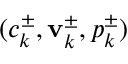
( c _ { k } ^ { \pm } , \mathbf { v } _ { k } ^ { \pm } , p _ { k } ^ { \pm } )